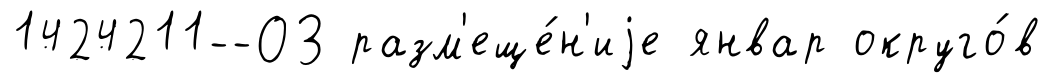
1424211--ОЗ разм'еще́н'иjе январ округо́в